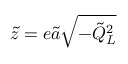
\tilde { z } = e \tilde { a } \sqrt { - \tilde { Q } _ { L } ^ { 2 } }